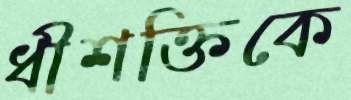
ধীশক্তিকে